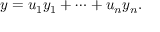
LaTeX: y = u _ { 1 } y _ { 1 } + \cdots + u _ { n } y _ { n } .